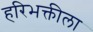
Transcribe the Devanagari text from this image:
हरिभक्तीला